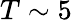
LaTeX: T\sim 5